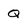
Character: Q